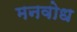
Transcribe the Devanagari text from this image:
मनवोध